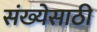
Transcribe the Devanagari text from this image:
संख्‍येसाठी